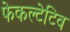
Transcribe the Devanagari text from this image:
फेकल्टेटिव